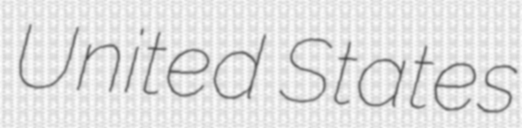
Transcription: United States